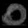
Digit: ၀